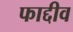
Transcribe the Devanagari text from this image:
फाद्दीव